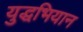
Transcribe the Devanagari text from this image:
युद्धभियान